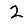
Digit: 2